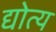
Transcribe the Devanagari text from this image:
द्योत्य